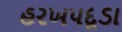
હરખપદૂડા